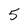
Character: 5